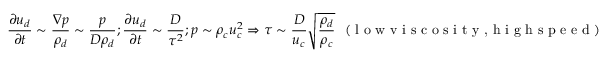
\frac { \partial u _ { d } } { \partial t } \sim \frac { \nabla p } { \rho _ { d } } \sim \frac { p } { D \rho _ { d } } ; \frac { \partial u _ { d } } { \partial t } \sim \frac { D } { \tau ^ { 2 } } ; p \sim \rho _ { c } u _ { c } ^ { 2 } \Rightarrow \tau \sim \frac { D } { u _ { c } } \sqrt { \frac { \rho _ { d } } { \rho _ { c } } } ~ ~ ( \textrm { l o w v i s c o s i t y , h i g h s p e e d } )